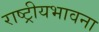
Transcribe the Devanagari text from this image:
राष्ट्रीयभावना